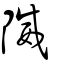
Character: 隇